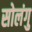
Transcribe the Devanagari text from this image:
सोलंगु